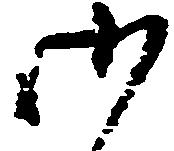
御